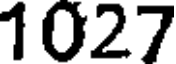
1027